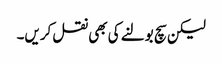
لیکن سچ بولنے کی بھی نقل کریں۔